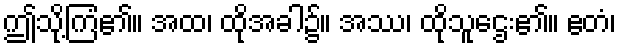
ဤသို့ကြံ၏။ အထ၊ ထိုအခါ၌။ အဿ၊ ထိုသူဌေး၏။ ဧတံ၊